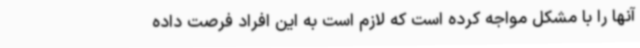
آنها را با مشکل مواجه کرده است که لازم است به این افراد فرصت داده